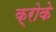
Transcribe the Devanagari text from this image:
क्रोके